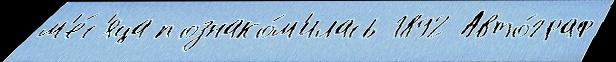
м'е́с'яца познако́м'илась 1892 Авто́граф